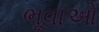
ભૂવાઓ